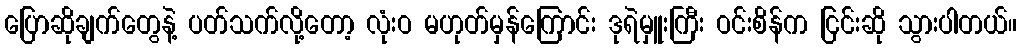
ပြောဆိုချက်တွေနဲ့ ပတ်သက်လို့တော့ လုံးဝ မဟုတ်မှန်ကြောင်း ဒုရဲမှူးကြီး ဝင်းစိန်က ငြင်းဆို သွားပါတယ်။